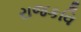
રાજકવિ